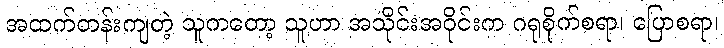
အထက်တန်းကျတဲ့ သူကတော့ သူဟာ အသိုင်းအဝိုင်းက ဂရုစိုက်စရာ၊ ပြောစရာ၊